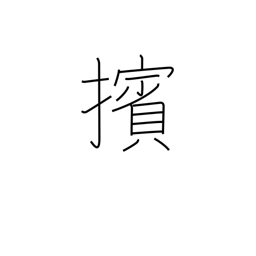
Meaning: push (people) back